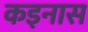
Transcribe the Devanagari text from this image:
कइनास